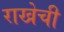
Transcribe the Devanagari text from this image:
राखेची